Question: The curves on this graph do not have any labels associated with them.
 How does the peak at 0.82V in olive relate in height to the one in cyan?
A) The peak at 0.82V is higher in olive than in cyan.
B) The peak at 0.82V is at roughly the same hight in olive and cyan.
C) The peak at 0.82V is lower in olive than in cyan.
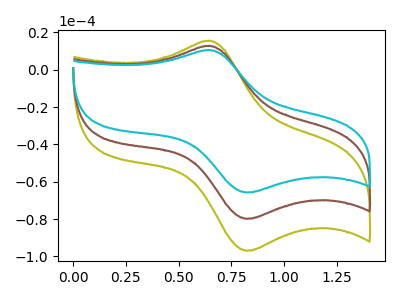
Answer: <think>The olive curve "olive" has an anodic peak at (0.65V, 25.65uA) and a cathodic peak at (0.80V, -159.70uA). The brown curve "brown" has an anodic peak at (0.65V, 12.85uA) and a cathodic peak at (0.80V, -79.85uA). The cyan curve "cyan" has an anodic peak at (0.65V, 10.55uA) and a cathodic peak at (0.80V, -65.75uA).</think>
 <answer>A) The peak at 0.82V is higher in "olive" than in "cyan".</answer>
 <eval>A</eval>